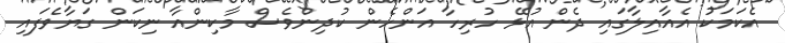
އެކަމަކު އެއާއިލާގައި ދެން އުޅޭ ހުރިހާ އަންހެން ކުދިންވެސް މާކިންއާ ނިކަން ގަޔާވެފައި